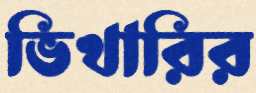
ভিখারির